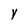
Character: y